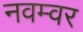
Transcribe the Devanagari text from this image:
नवम्‍वर